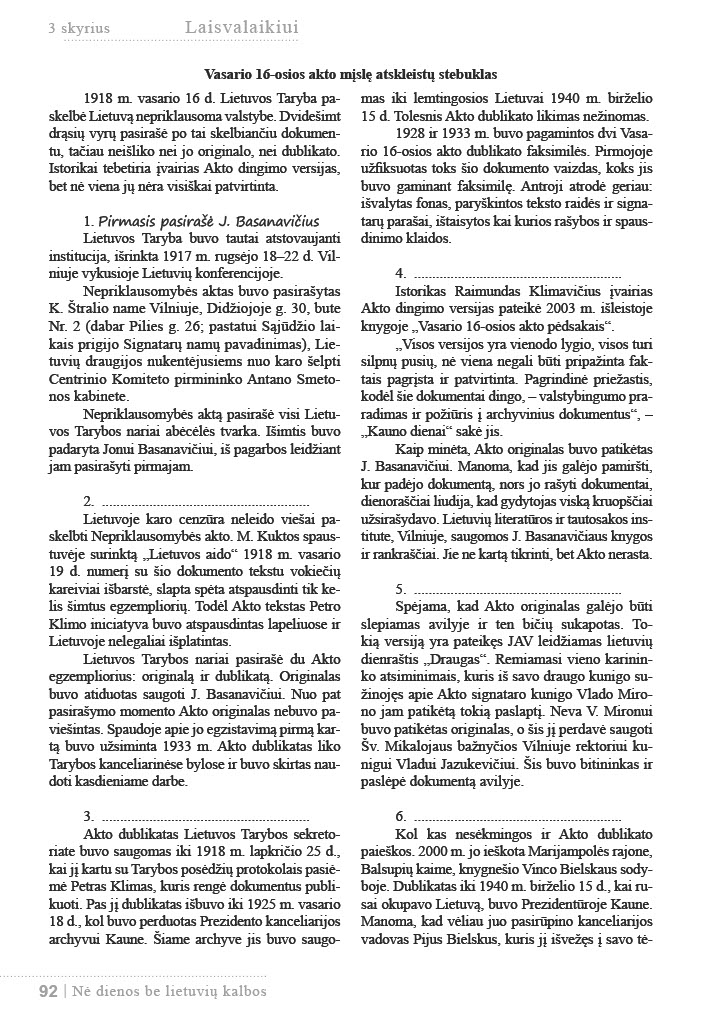
Language: lt